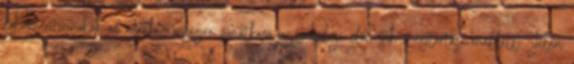
dokumentumokon az adatbiztonságra vonatkozó jogszabályi előírások megtartása mellett. Jelen